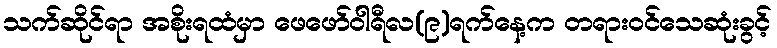
သက်ဆိုင်ရာ အစိုးရထံမှာ ဖေဖော်ဝါရီလ(၉)ရက်နေ့က တရားဝင်သေဆုံးခွင့်